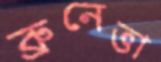
ব্রুনেত্তা